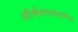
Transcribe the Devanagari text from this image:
शीर्षकाप्रमाणेच